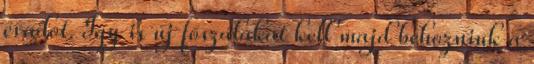
évadot. Így is új főszálakat kell majd behozniuk a